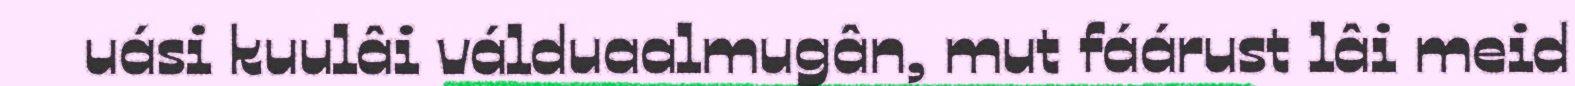
uási kuulâi válduaalmugân, mut fáárust lâi meid